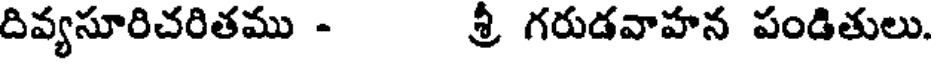
దివ్యసూరిచరితము - శ్రీ గరుడవాహన పండితులు.